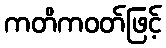
ကတိကဝတ်ဖြင့်